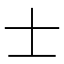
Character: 士